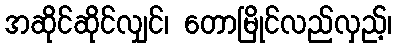
အဆိုင်ဆိုင်လျှင်၊ တောမြိုင်လည်လှည့်၊